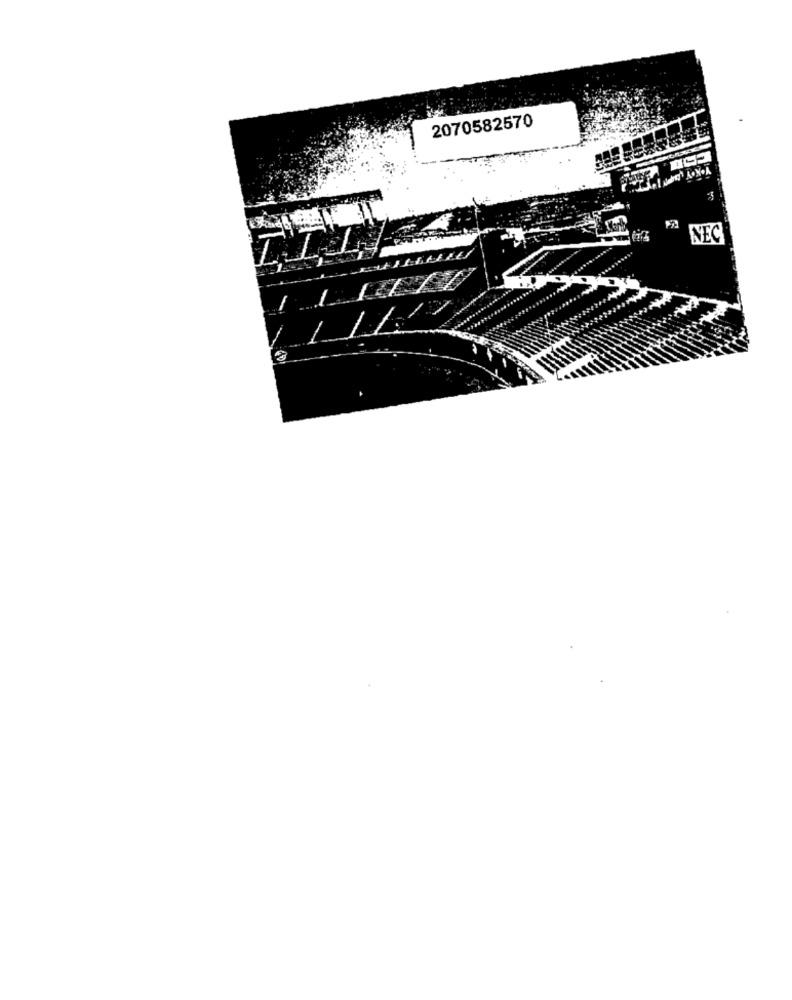
2070582570
NEC